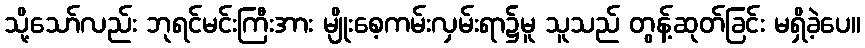
သို့သော်လည်း ဘုရင်မင်းကြီးအား မျိုးစေ့ကမ်းလှမ်းရာ၌မူ သူသည် တွန့်ဆုတ်ခြင်း မရှိခဲ့ပေ။